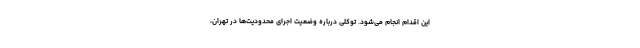
این اقدام انجام می‌شود. توکلی درباره وضعیت اجرای محدودیت‌ها در تهران،